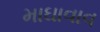
માઘાવાવ